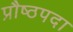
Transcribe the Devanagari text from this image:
प्रौष्ठपदा